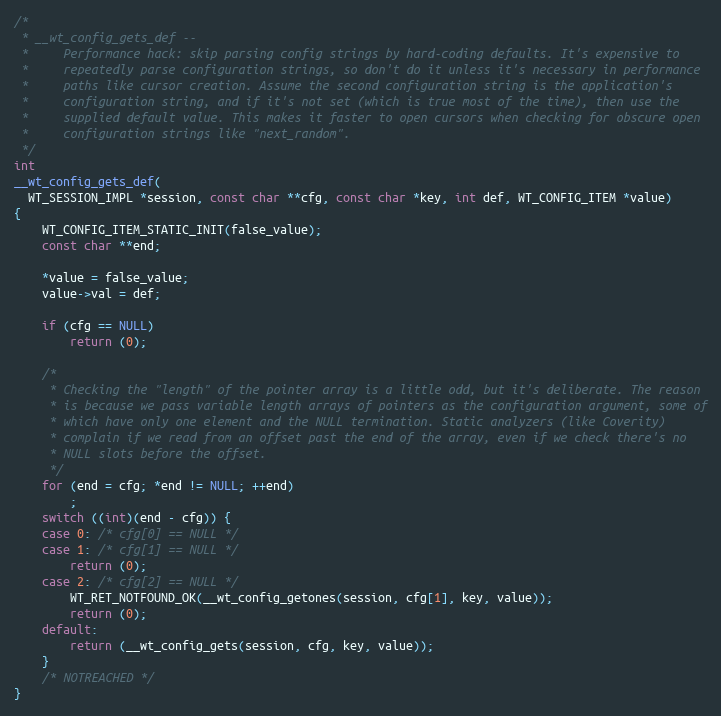
Language: C
/*
 * __wt_config_gets_def --
 *     Performance hack: skip parsing config strings by hard-coding defaults. It's expensive to
 *     repeatedly parse configuration strings, so don't do it unless it's necessary in performance
 *     paths like cursor creation. Assume the second configuration string is the application's
 *     configuration string, and if it's not set (which is true most of the time), then use the
 *     supplied default value. This makes it faster to open cursors when checking for obscure open
 *     configuration strings like "next_random".
 */
int
__wt_config_gets_def(
  WT_SESSION_IMPL *session, const char **cfg, const char *key, int def, WT_CONFIG_ITEM *value)
{
    WT_CONFIG_ITEM_STATIC_INIT(false_value);
    const char **end;

    *value = false_value;
    value->val = def;

    if (cfg == NULL)
        return (0);

    /*
     * Checking the "length" of the pointer array is a little odd, but it's deliberate. The reason
     * is because we pass variable length arrays of pointers as the configuration argument, some of
     * which have only one element and the NULL termination. Static analyzers (like Coverity)
     * complain if we read from an offset past the end of the array, even if we check there's no
     * NULL slots before the offset.
     */
    for (end = cfg; *end != NULL; ++end)
        ;
    switch ((int)(end - cfg)) {
    case 0: /* cfg[0] == NULL */
    case 1: /* cfg[1] == NULL */
        return (0);
    case 2: /* cfg[2] == NULL */
        WT_RET_NOTFOUND_OK(__wt_config_getones(session, cfg[1], key, value));
        return (0);
    default:
        return (__wt_config_gets(session, cfg, key, value));
    }
    /* NOTREACHED */
}